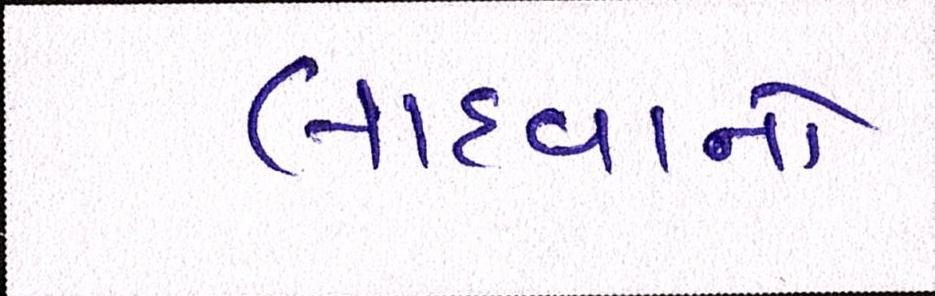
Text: લાદવાનો